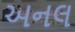
અનલ